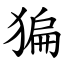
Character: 猵